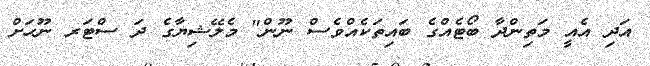
އަދި އެއީ މަތިންދާ ބޯޓެއްގެ ބައިތަކެއްވެސް ނޫން" މެލޭޝިޔާގެ ދަ ސްޓަރ ނޫހަށް